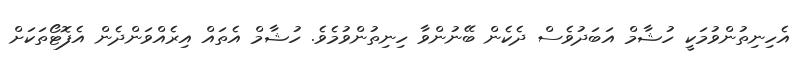
އެހިނިތުންވުމަކީ ހުޝާމް އަބަދުވެސް ދެކެން ބޭނުންވާ ހިނިތުންވުމެވެ. ހުޝާމް އެތައް އިރެއްވަންދެން އެފޮޓޯތަކަށް